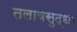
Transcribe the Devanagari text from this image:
तलावसुद्धा